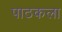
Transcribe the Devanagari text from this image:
पाठकला